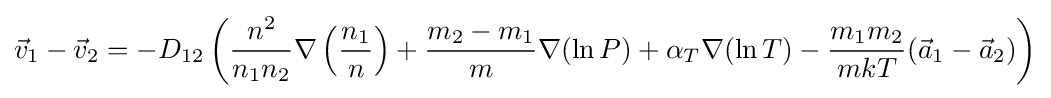
{\vec {v}}_{1}-{\vec {v}}_{2}=-D_{12}\left({\frac {n^{2}}{n_{1}n_{2}}}\nabla \left({\frac {n_{1}}{n}}\right)+{\frac {m_{2}-m_{1}}{m}}\nabla (\ln {P})+\alpha _{T}\nabla (\ln {T})-{\frac {m_{1}m_{2}}{mkT}}({\vec {a}}_{1}-{\vec {a}}_{2})\right)